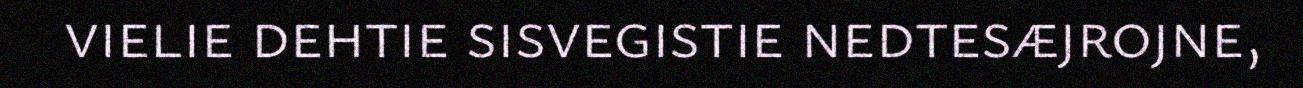
vielie dehtie sisvegistie nedtesæjrojne,